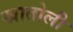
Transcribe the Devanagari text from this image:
खातोली